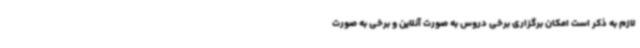
لازم به ذکر است امکان برگزاری برخی دروس به صورت آنلاین و برخی به صورت